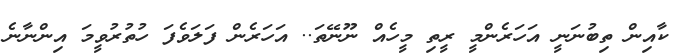
ކާއިން ތިބުނަނީ އަހަރެންމީ ރީތި މީހެއް ނޫނޭތަ.. އަހަރެން ފަލަވެފަ ހުތުރުވީމަ އިންނާނެ